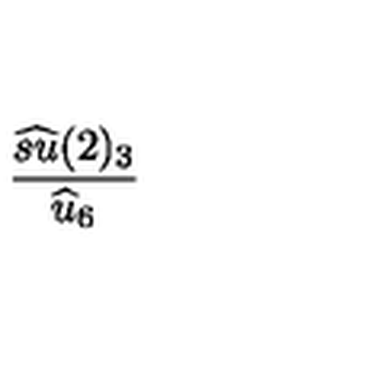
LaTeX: \frac { \widehat { s u } ( 2 ) _ { 3 } } { \widehat { u } _ { 6 } }